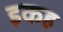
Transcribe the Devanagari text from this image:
इकह